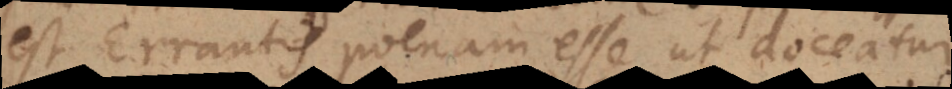
est Errantis poenam esse ut doceatur.